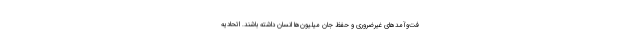
فت‌وآمدهای غیرضروری و حفظ جان میلیون‌ها انسان داشته باشند. اتحادیه